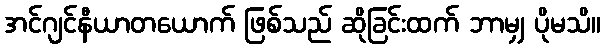
အင်ဂျင်နီယာတယောက် ဖြစ်သည် ဆိုခြင်းထက် ဘာမျှ ပိုမသိ။